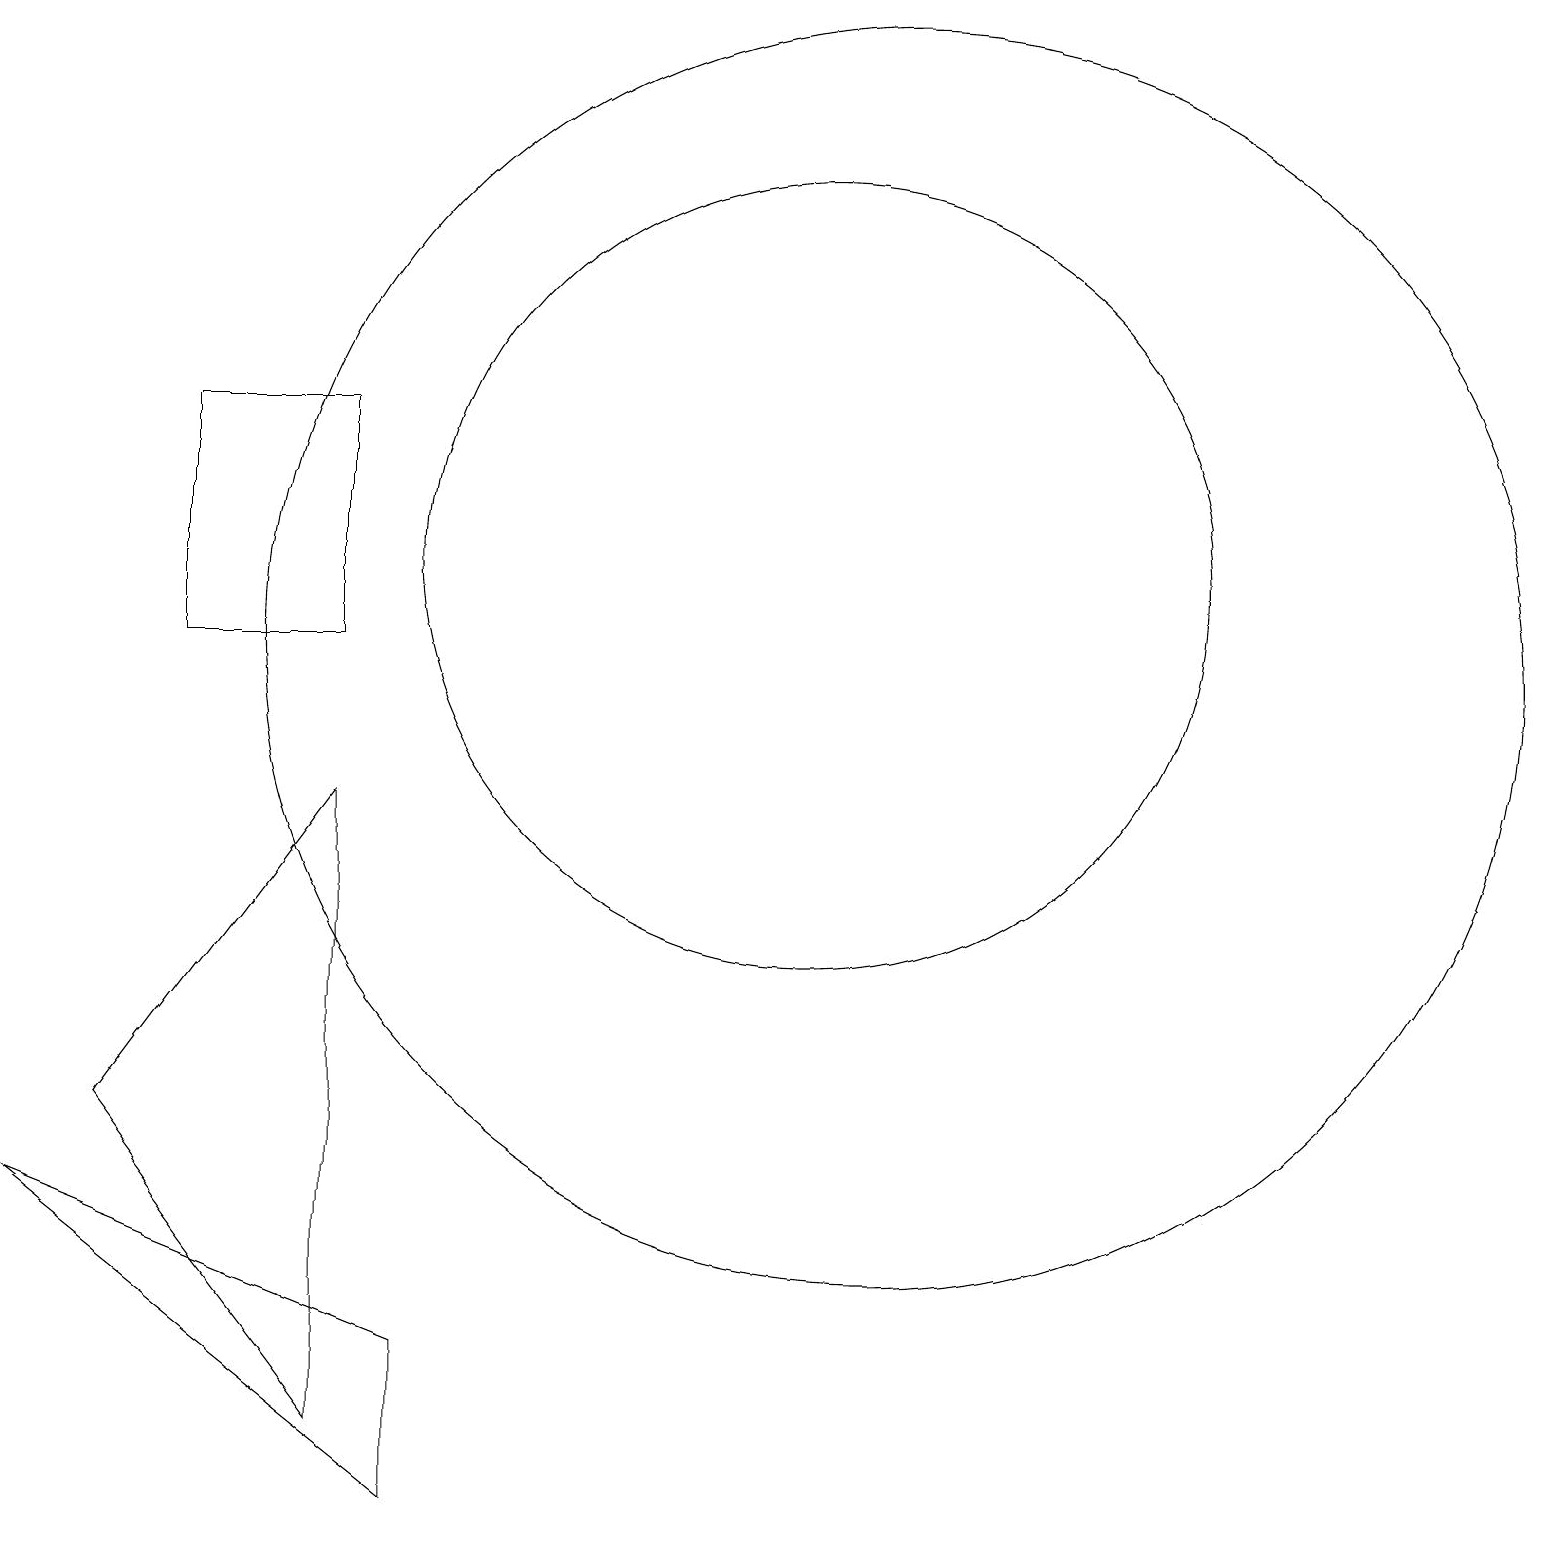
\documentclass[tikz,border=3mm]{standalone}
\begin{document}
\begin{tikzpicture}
\draw (10,12) circle (5);
\draw (5,0) -- (5,2) -- (0,4) -- cycle;
\draw (4,1) -- (1,5) -- (4,9) -- cycle;
\draw (2,14) rectangle (4,11);
\draw (11,11) circle (8);
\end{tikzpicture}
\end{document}